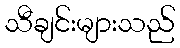
သီချင်းများသည်